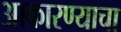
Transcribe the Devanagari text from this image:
आकारण्याचा